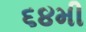
૬૪મી